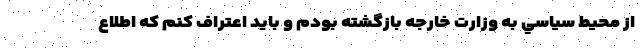
از محيط سياسي به وزارت خارجه بازگشته بودم و بايد اعتراف كنم كه اطلاع